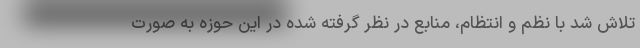
تلاش شد با نظم و انتظام، منابع در نظر گرفته شده در این حوزه به صورت